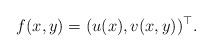
LaTeX: \begin{align*}f(x,y) = (u(x), v(x,y))^\top.\end{align*}